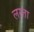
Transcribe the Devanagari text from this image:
लरता